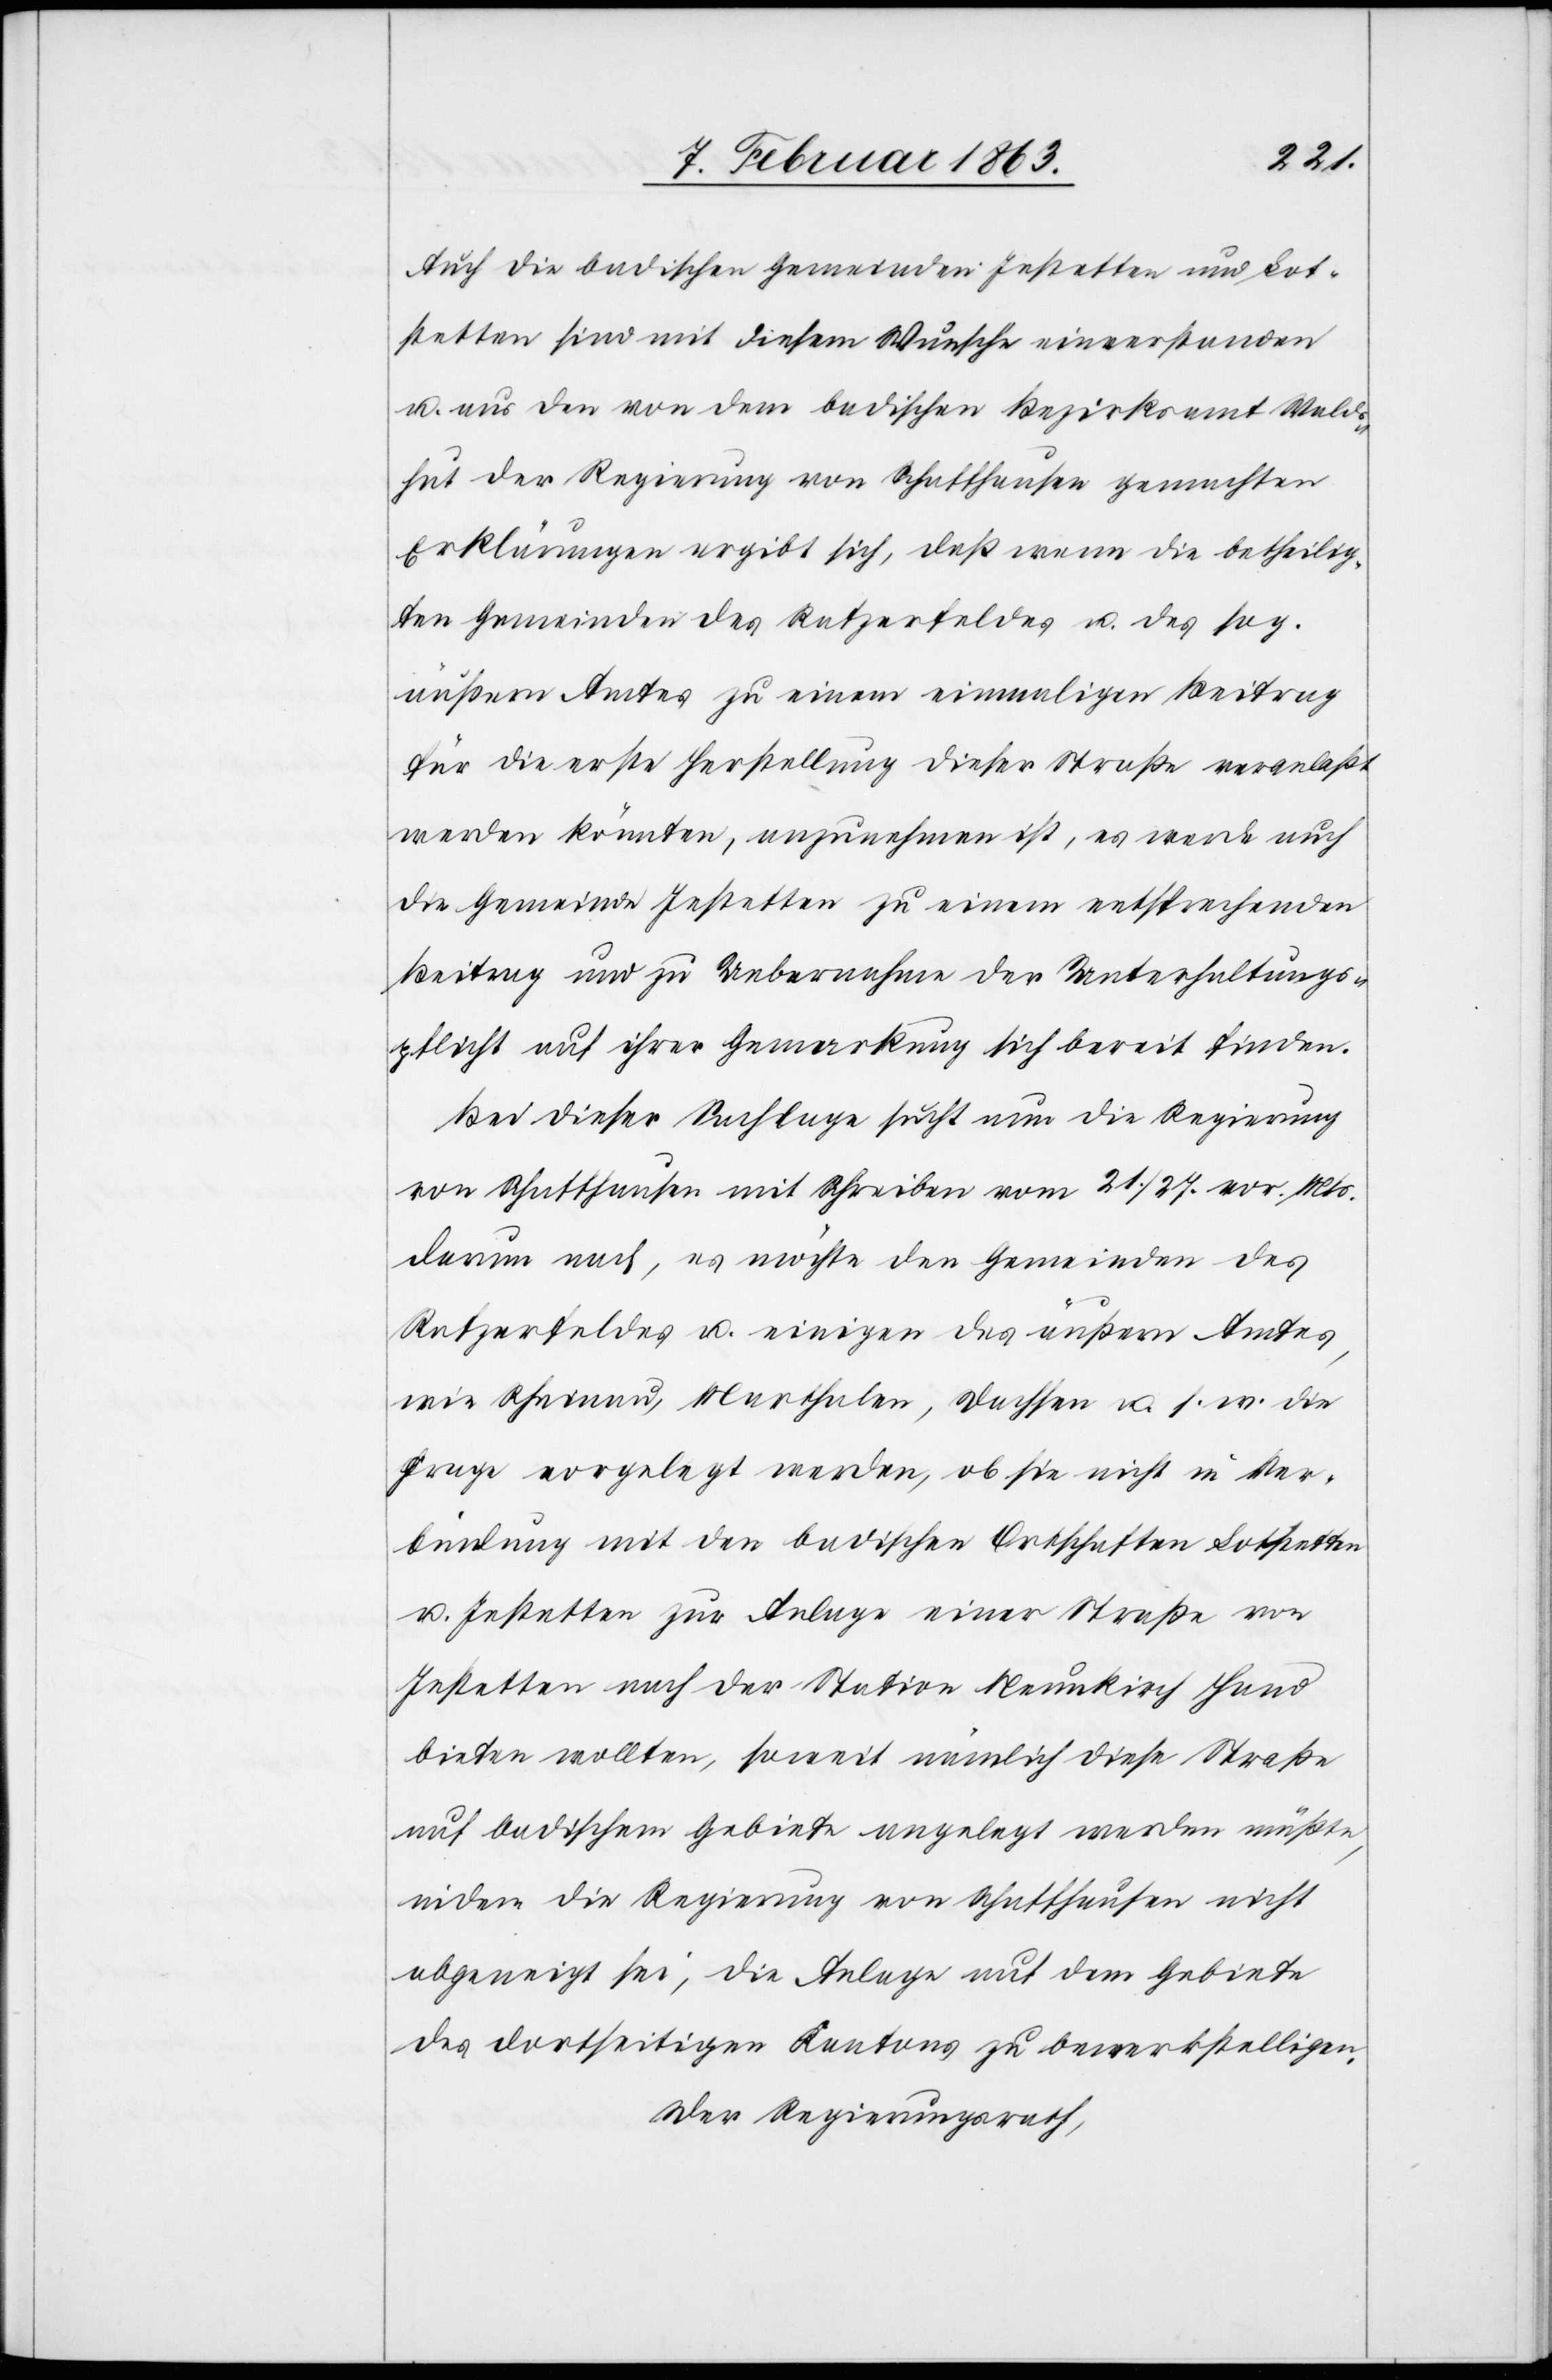
Auch die badischen Gemeinden Jestetten und Lot¬
stetten sind mit diesem Wunsche einverstanden
u. aus den von dem badischen Bezirksamt Wald¬
shut der Regierung von Schaffhausen gemachten
Erklärungen ergibt sich, daß wenn die betheilig¬
ten Gemeinden des Ratzerfeldes u. des sog.
äußern Amtes zu einem einmaligen Beitrag
für die erste Herstellung dieser Straße veranlaßt
werden könnten, anzunehmen ist, es werde auch
die Gemeinde Jestetten zu einem entsprechenden
Beitrag und Uebernahme der Unterhaltungs¬
pflicht auf ihrer Gemarkung sich bereit finden.
Bei dieser Sachlage sucht nun die Regierung
von Schaffhausen mit Schreiben vom 21./27. vor. Mts.
darum nach, es möchte den Gemeinden des
Ratzerfeldes u. einigen des äußern Amtes,
wie Rheinau, Marthalen, Dachsen u. s. w. die
Frage vorgelegt werden, ob sie nicht in Ver¬
bindung mit den badischen Ortschaften Lotstetten
u. Jestetten zur Anlage einer Straße von
Jestetten nach der Station Neunkirch Hand
bieten wollten, soweit nämlich diese Straße
auf badischem Gebiete angelegt werden müßte,
indem die Regierung von Schaffhausen nicht
abgeneigt sei, die Anlage auf dem Gebiete
des dortseitigen Kantons zu bewerkstelligen.
Der Regierungsrath,